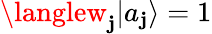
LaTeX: \langlew_{\mathbf{j}}|a_{\mathbf{j}}\rangle=1